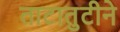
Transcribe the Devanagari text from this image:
ताटातुटीने